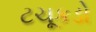
ટચૂકડો